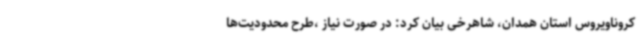
کروناویروس استان همدان، شاهرخی بیان کرد: در صورت نیاز ،طرح محدودیت‌ها